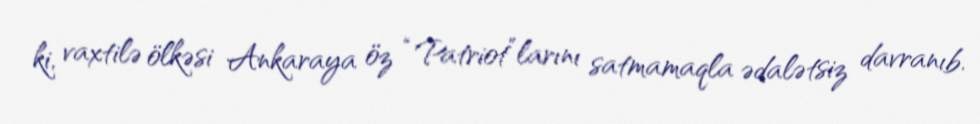
ki, vaxtilə ölkəsi Ankaraya öz “Patriot”larını satmamaqla ədalətsiz davranıb.